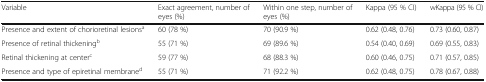
<table><thead><tr><td><b>Variable</b></td><td><b>Exact agreement, number of eyes (%)</b></td><td><b>Within one step, number of eyes (%)</b></td><td><b>Kappa (95 % CI)</b></td><td><b>wKappa (95 % CI)</b></td></tr></thead><tbody><tr><td>Presence and extent of chorioretinal lesions<sup>a</sup></td><td>60 (78 %)</td><td>70 (90.9 %)</td><td>0.62 (0.48, 0.76)</td><td>0.73 (0.60, 0.87)</td></tr><tr><td>Presence of retinal thickening<sup>b</sup></td><td>55 (71 %)</td><td>69 (89.6 %)</td><td>0.54 (0.40, 0.69)</td><td>0.69 (0.55, 0.83)</td></tr><tr><td>Retinal thickening at center<sup>c</sup></td><td>59 (77 %)</td><td>68 (88.3 %)</td><td>0.60 (0.46, 0.75)</td><td>0.71 (0.57, 0.85)</td></tr><tr><td>Presence and type of epiretinal membrane<sup>d</sup></td><td>55 (71 %)</td><td>71 (92.2 %)</td><td>0.62 (0.48, 0.75)</td><td>0.78 (0.67, 0.88)</td></tr></tbody></table>